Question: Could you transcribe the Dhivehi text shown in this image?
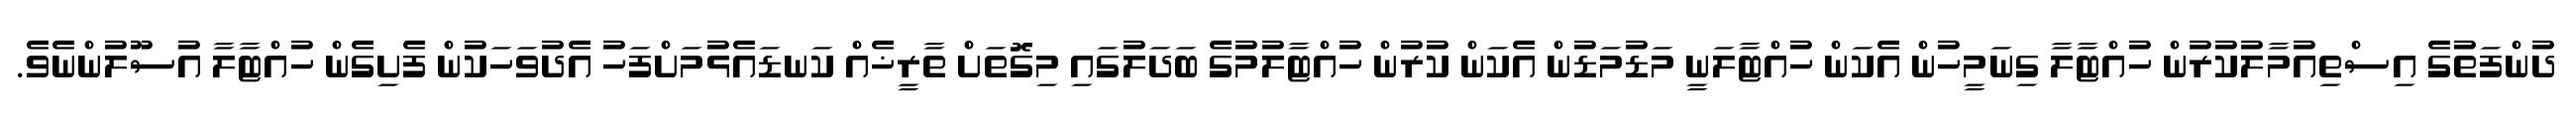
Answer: ދުންފަތުގެ އިސްތިއުމާލުކުރުން ހުއްޓާލާ ގިނަމީހުން އެކަން ހުއްޓާލަނީ މަޑުމަޑުން އެކަން ކުރުން ހުއްޓާލުމުގެ ބަދަލުގައި މިގޮތަށް ތާރީޚެއް ކަނޑައެޅުމަށްފަހު އެދުވަހަކުން ފެށިގެން ހުއްޓާލާ އުސޫލުންނެވެ.